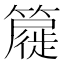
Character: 𮆧